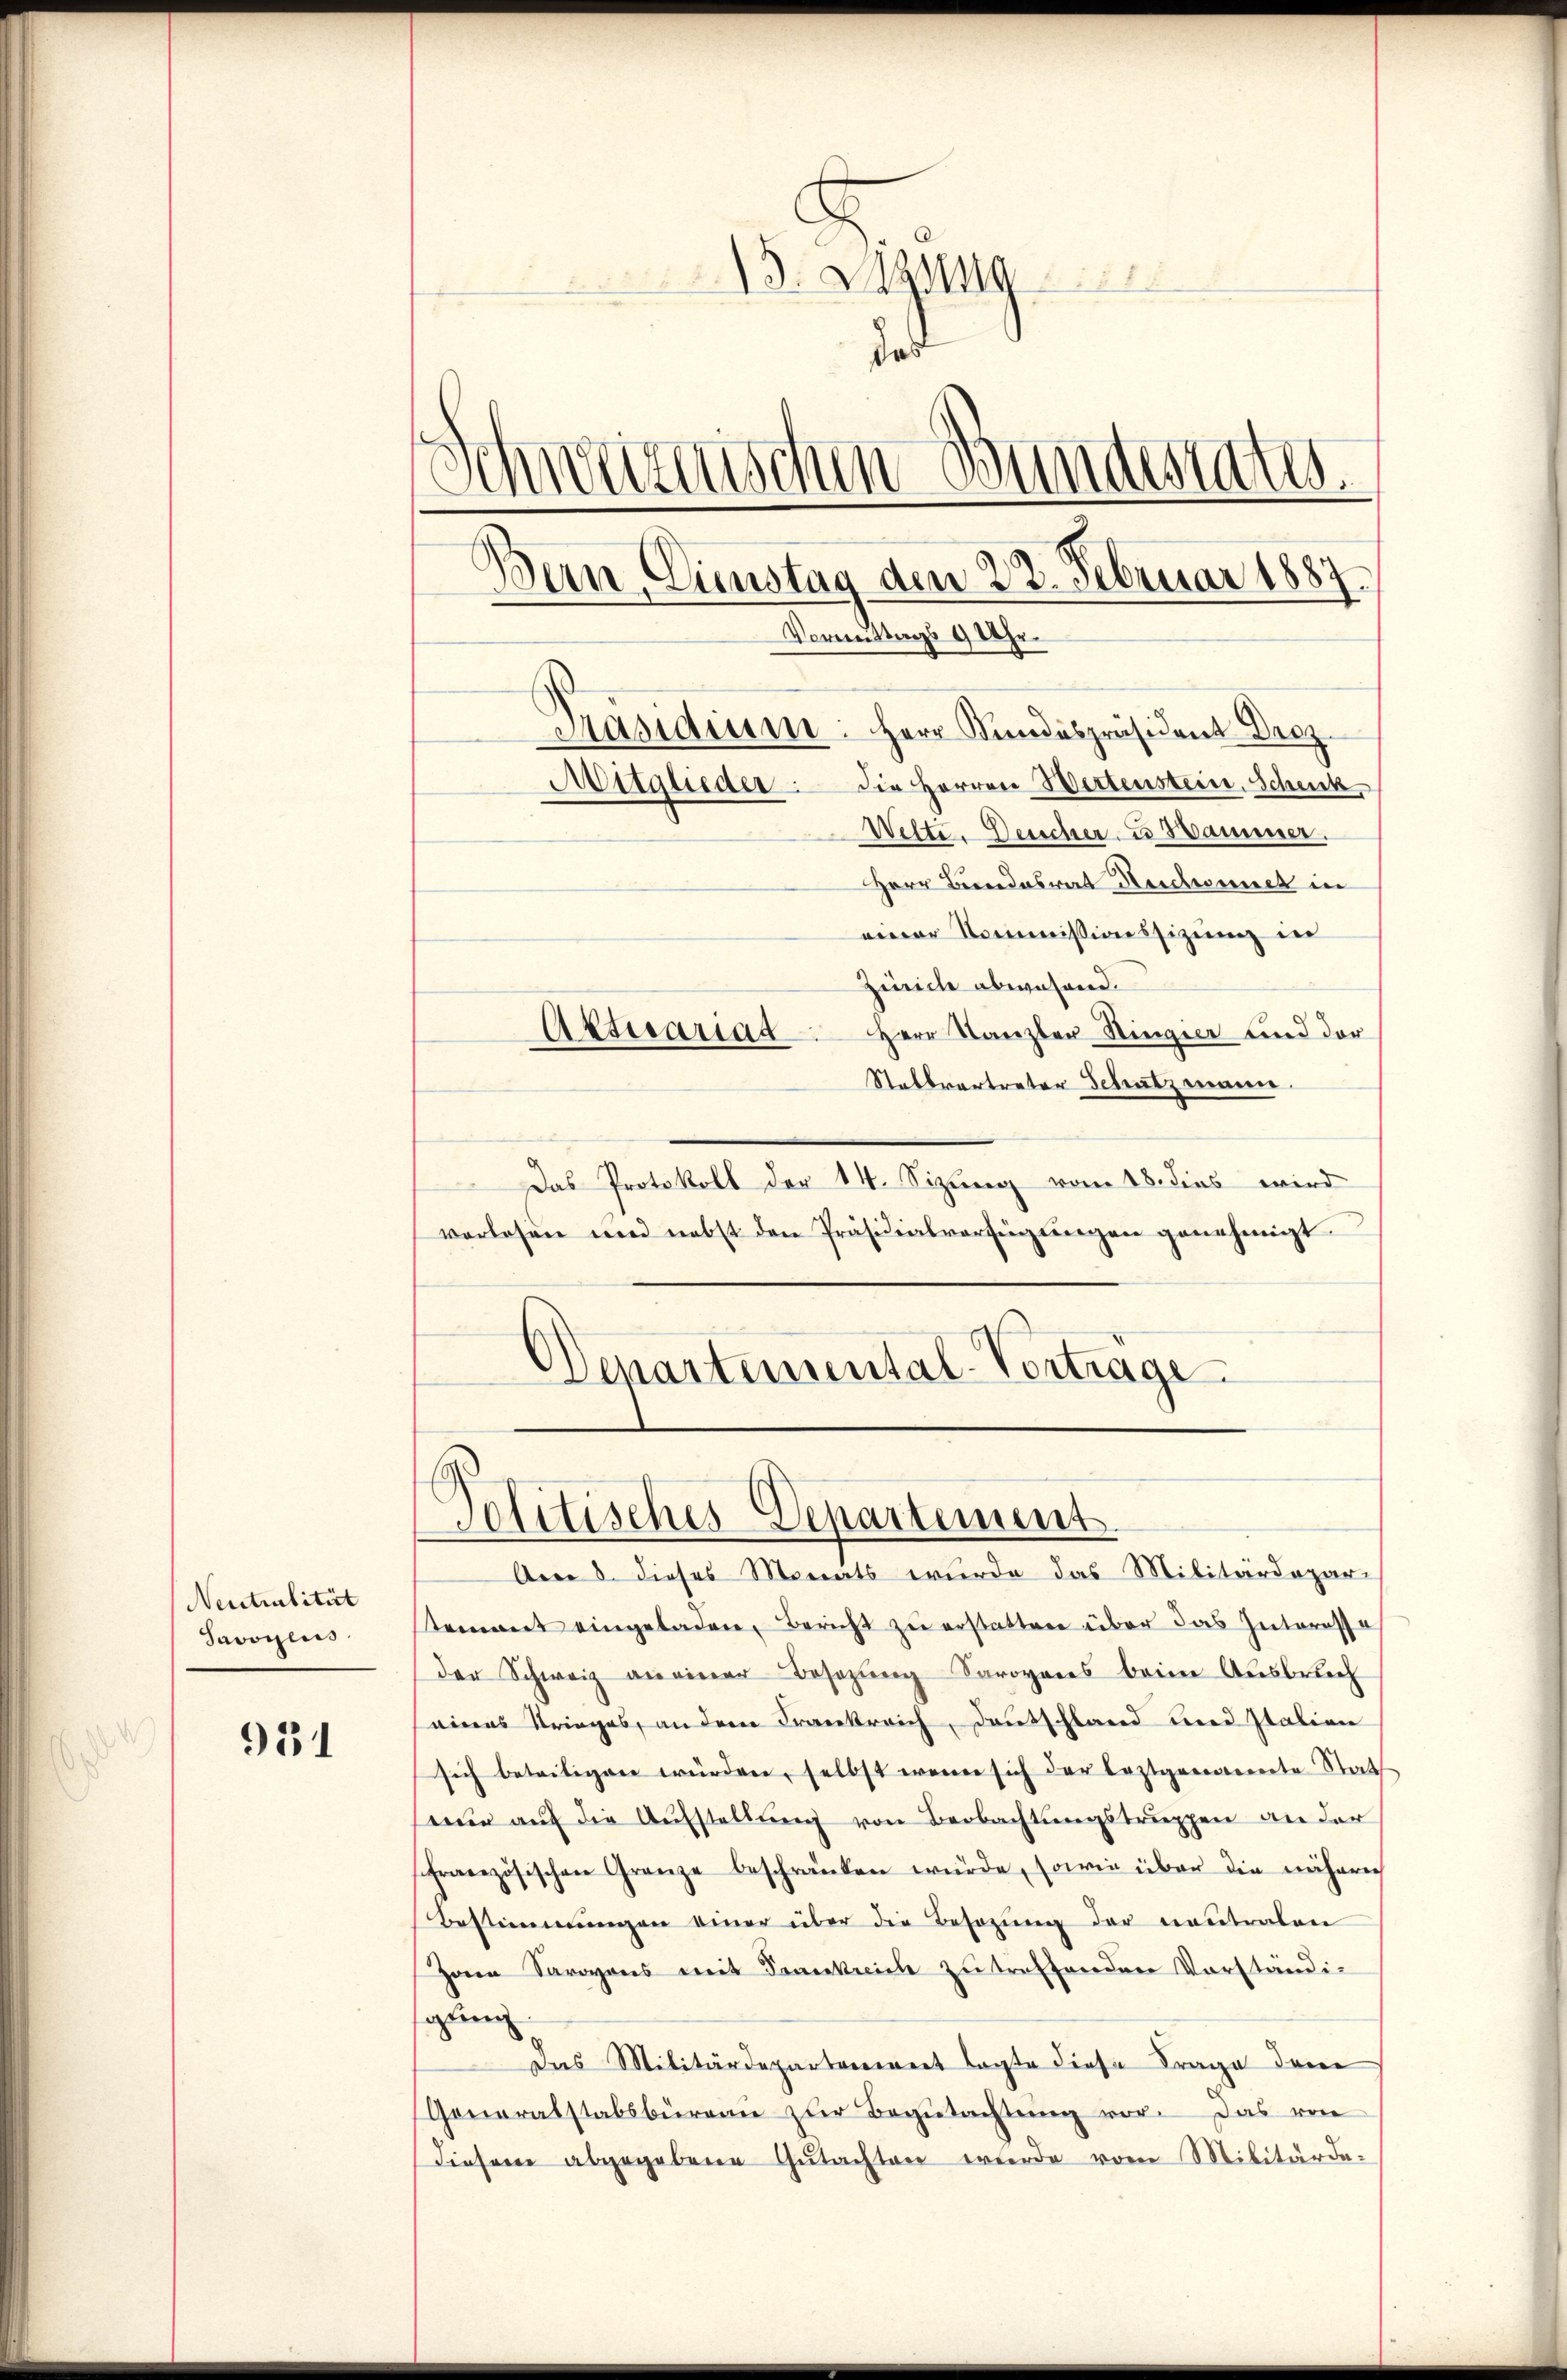
Neutralität
Savoyens

931

3. Bezug
das
einschen Bundestate.
.
Bern, Dienstag den 22. Februar 1887.
Vormittags 9 Uhr.
Päsidium: Herr Kindespräsident Droz.
Mitglieder die Herren Wertenstein, Schenk
Welte. Deucher u Hammer.
Herr Bundesrat Reichnet in

einer Kommissionssizung in
Zeiche abwesend.
Herr Stanzler Singer und der
Aktuariat
Stattvertreter Schutzmann.
Das Protokoll der 14. Sizung vom 18. dies wird
vorlesen und nebst den Präsidialverfügŭngen genehmigt.
Departemental-Vortrage

Politisches Departement

Am 8. dieses Monats wurde das Militärdepar-
stement eingeladen, Bericht zu erstatten über das Zeiteressa
der Schweiz an einer Besezung Saroyens beim Ausbruch
eines Stringes, an dem Krankreich, Deutschland und station
sich betretigen würden, selbst wenn sich der leztgenannte Stat
nur auf die Aufstellung von Beobachtungstruppen an der
sfranzösischen Grenze beschränken würde, sowie über die näherech
Bestimmungen einer über die Besazung der neutralen
Zonen Savoyens mit Frankreich zŭ treffenden Vorständi-
gling
Das Militärdeparterriert lagte diese Frage dem
Generalstabsbureau zur Begutachtung vor. Das von
diesem abgegebene Gŭtachten wurde vom Militärde-